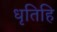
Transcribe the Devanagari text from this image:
धृतिहि